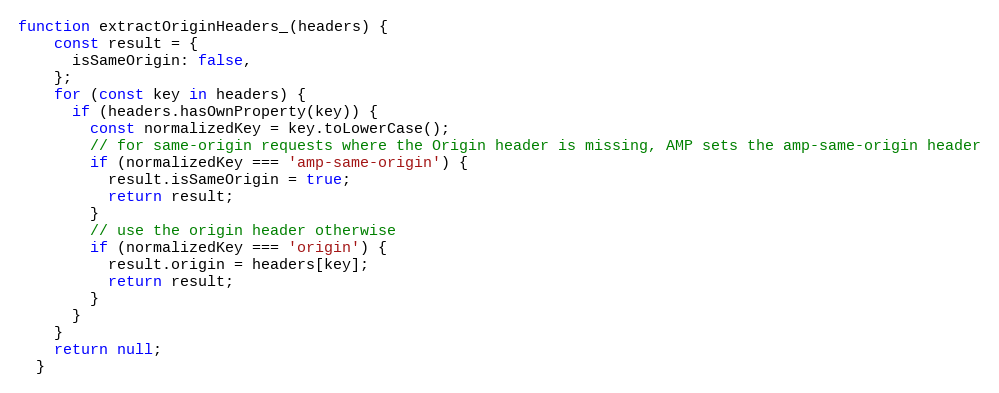
Language: JavaScript
function extractOriginHeaders_(headers) {
    const result = {
      isSameOrigin: false,
    };
    for (const key in headers) {
      if (headers.hasOwnProperty(key)) {
        const normalizedKey = key.toLowerCase();
        // for same-origin requests where the Origin header is missing, AMP sets the amp-same-origin header
        if (normalizedKey === 'amp-same-origin') {
          result.isSameOrigin = true;
          return result;
        }
        // use the origin header otherwise
        if (normalizedKey === 'origin') {
          result.origin = headers[key];
          return result;
        }
      }
    }
    return null;
  }